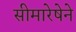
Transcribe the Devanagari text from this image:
सीमारेषेने